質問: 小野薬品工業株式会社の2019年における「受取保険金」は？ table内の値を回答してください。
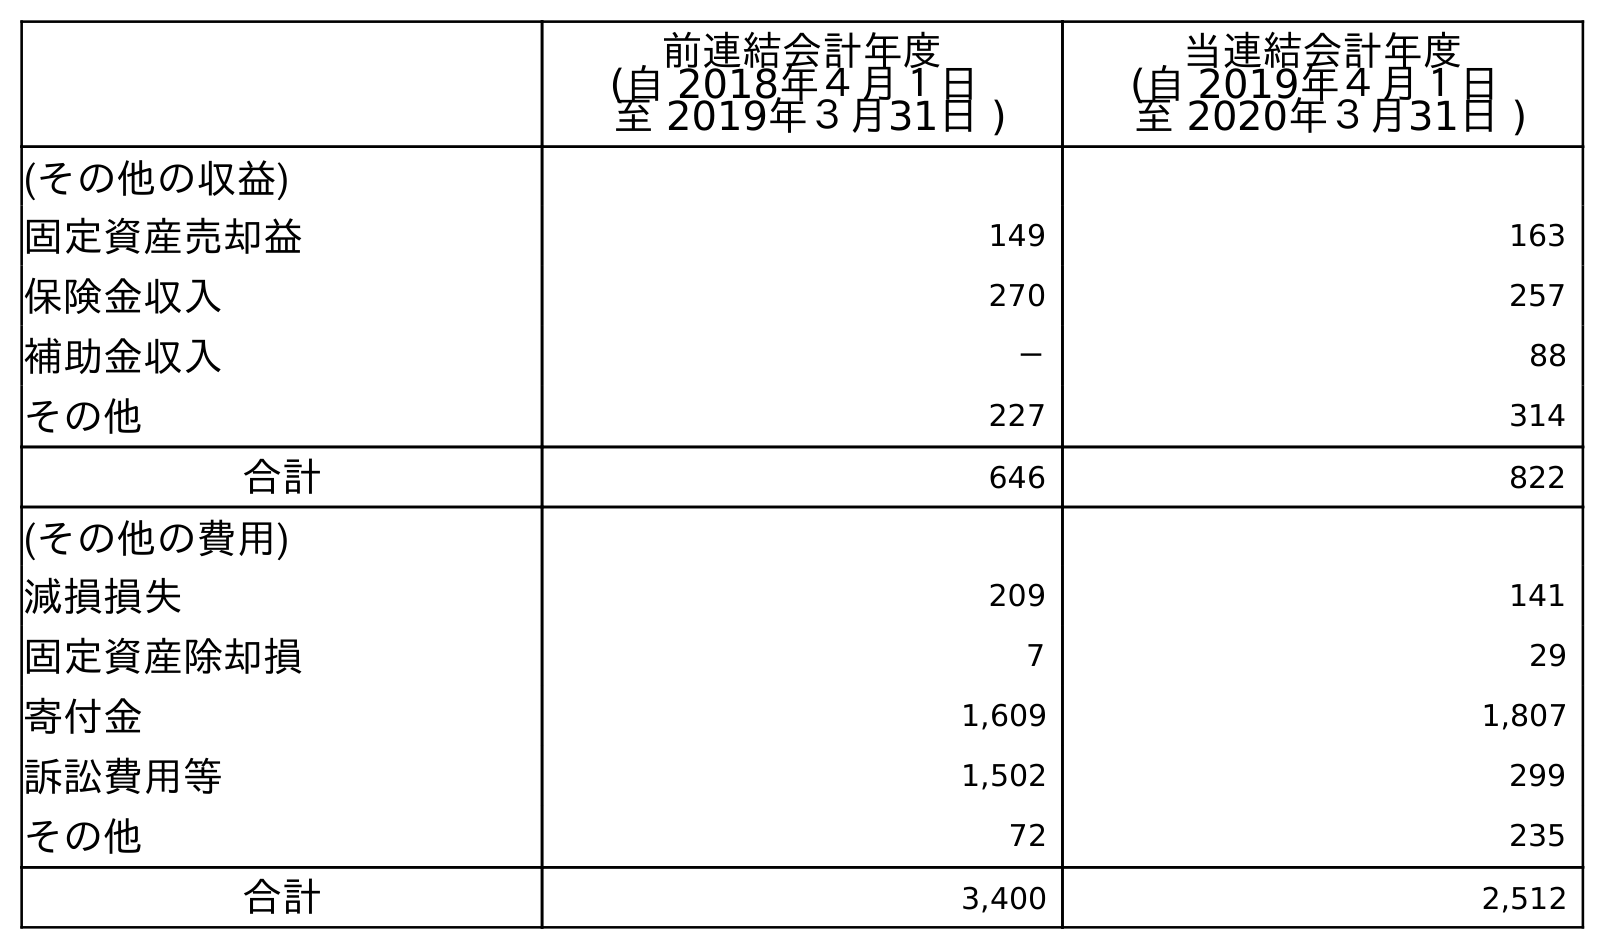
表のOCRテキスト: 前連結会計年度 (自 2018年４月１日 至 2019年３月31日 ) 当連結会計年度 (自 2019年４月１日 至 2020年３月31日 ) (その他の収益) 固定資産売却益 149 163 保険金収入 270 257 補助金収入 － 88 その他 227 314 合計 646 822 (その他の費用) 減損損失 209 141 固定資産除却損 7 29 寄付金 1,609 1,807 訴訟費用等 1,502 299 その他 72 235 合計 3,400 2,512
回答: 270